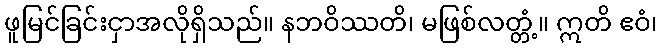
ဖူမြင်ခြင်းငှာအလိုရှိသည်။ နဘဝိဿတိ၊ မဖြစ်လတ္တံ့။ ဣတိ ဧဝံ၊